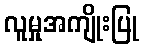
လူမှုအကျိုးပြု